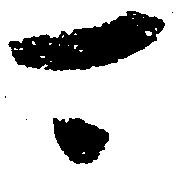
可